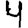
Digit: 4